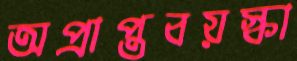
অপ্রাপ্তবয়স্কা